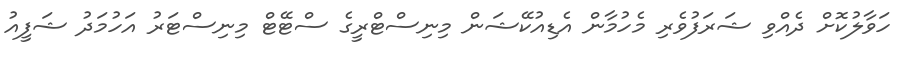
ހަވާލުކޮށް ދެއްވި ޝަރަފުވެރި މެހުމާން އެޑިއުކޭޝަން މިނިސްޓްރީގެ ސްޓޭޓް މިނިސްޓަރު އަހުމަދު ޝަފީއު